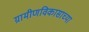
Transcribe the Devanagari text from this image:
ग्रामीणविकासाच्या